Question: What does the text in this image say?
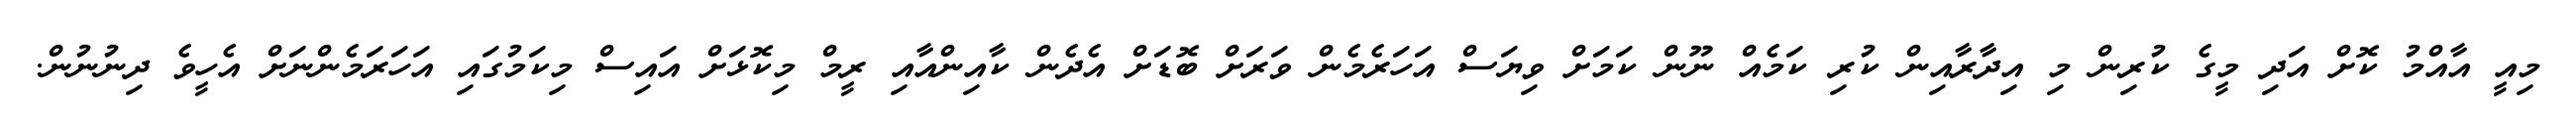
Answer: މިއީ އާއްމު ކޮށް އަދި މީގެ ކުރިން މި އިދާރާއިން ކުރި ކަމެއް ނޫން ކަމަށް ވިޔަސް އަހަރެމެން ވަރަށް ބޮޑަށް އެދެން ކާއިންއާއި ރީމް މިކޮޅަށް އައިސް މިކަމުގައި އަހަރަމެންނަށް އެހީވެ ދިނުނުން.